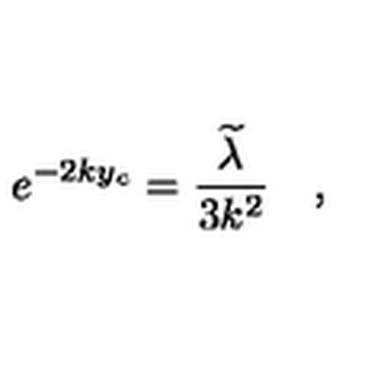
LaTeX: e ^ { - 2 k y _ { c } } = \frac { \widetilde { \lambda } } { 3 k ^ { 2 } } \quad ,